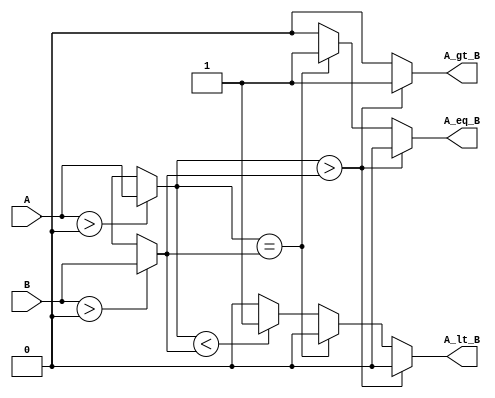
module logarithmic_comparator #(parameter N = 8) (
    input  [N-1:0] A,      // n-bit input A
    input  [N-1:0] B,      // n-bit input B
    output reg A_gt_B,     // A > B output
    output reg A_eq_B,     // A = B output
    output reg A_lt_B      // A < B output
);

    // Logarithmic lookup table (simplified)
    reg [N-1:0] log_A;
    reg [N-1:0] log_B;

    // Note: In real applications, implement the logarithmic transformation appropriately.
    // The following case is a simple approximation based on the idea that more significant values
    // yield larger logarithm values.
    always @(*) begin
        // Transformation using simple approximation
        if (A > 0)
            log_A = log_table(A);
        else
            log_A = {N{1'bx}}; // Undefined for A = 0

        if (B > 0)
            log_B = log_table(B);
        else
            log_B = {N{1'bx}}; // Undefined for B = 0
    end

    // Compare logarithmic values
    always @(*) begin
        // Initialize outputs to zero
        A_gt_B = 1'b0;
        A_eq_B = 1'b0;
        A_lt_B = 1'b0;

        // Comparison conditions
        if (log_A > log_B)
            A_gt_B = 1'b1;
        else if (log_A == log_B)
            A_eq_B = 1'b1;
        else if(log_A < log_B)
            A_lt_B = 1'b1;
    end
    
    // Logarithmic lookup function (dummy implementation)
    function [N-1:0] log_table(input [N-1:0] x);
        begin
            // For the purpose of demonstration, this returns the "logarithm"
            // Simply return x for now as a placeholder.
            // Replace this with your logarithmic logic or look-up approach.
            log_table = x; // Replace with log computation logic
        end
    endfunction

endmodule